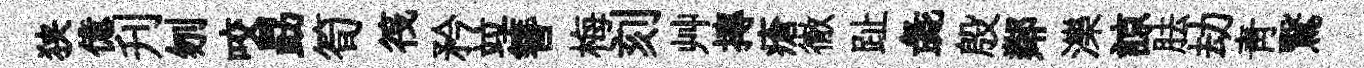
狭億刋刎咬勗筍筏矜竝簪梅刻艸摶瘡徹趾彘殷鄰濼諒胠劫青鷖